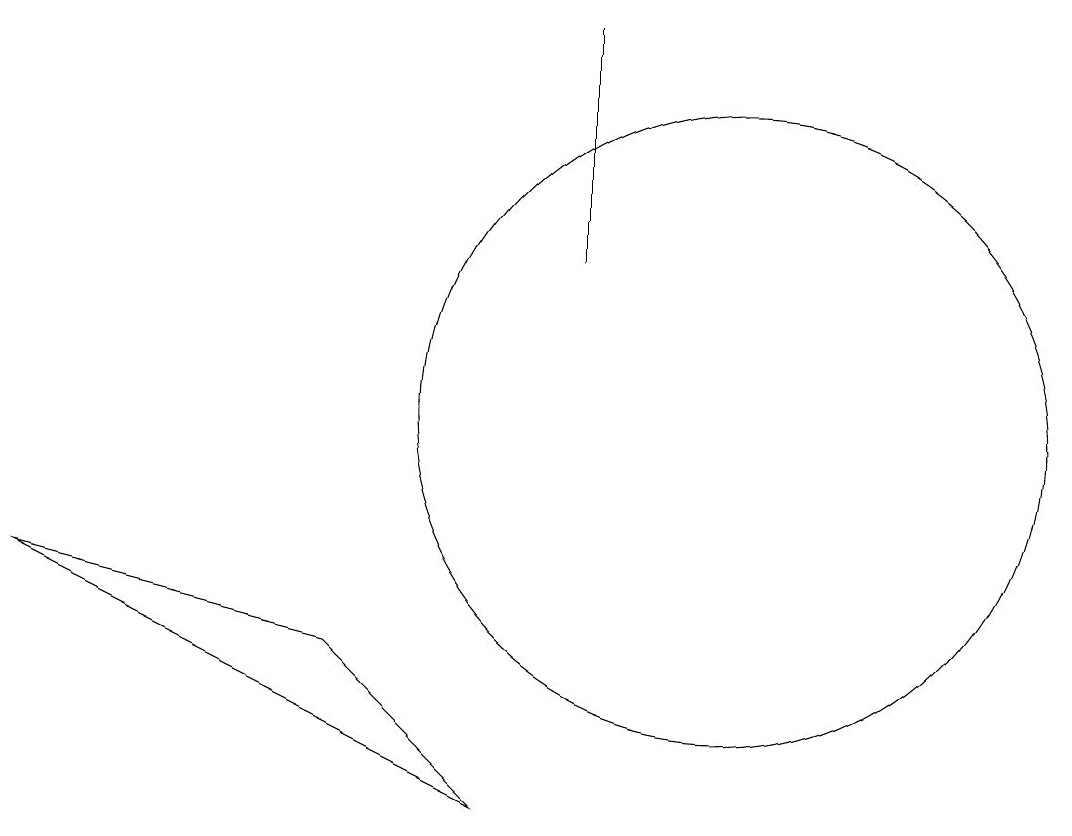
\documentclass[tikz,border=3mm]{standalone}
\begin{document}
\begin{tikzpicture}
\draw (10,10) circle (4);
\draw (10,10) circle (0);
\draw (1,8) -- (7,5) -- (5,7) -- cycle;
\draw (8,15) rectangle (8,12);
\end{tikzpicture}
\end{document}